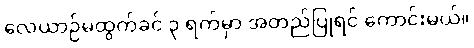
လေယာဉ်မထွက်ခင် ၃ ရက်မှာ အတည်ပြုရင် ကောင်းမယ်။